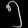
Digit: ၅